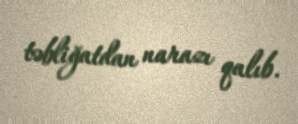
təbliğatdan narazı qalıb.